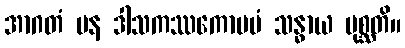
အာဂတံ ပန ဒါသကဿကောပမံ သန္ဓာယ ပုစ္ဆတိ။